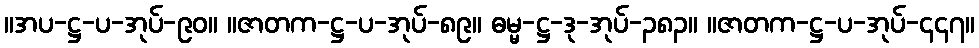
။အပ-ဋ္ဌ-ပ-အုပ်-၉၀။ ။ဇာတက-ဋ္ဌ-ပ-အုပ်-၈၉။ ဓမ္မ-ဋ္ဌ-ဒု-အုပ်-၃၈၃။ ။ဇာတက-ဋ္ဌ-ပ-အုပ်-၄၄၇။